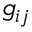
g _ { i j }